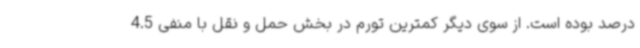
درصد بوده است. از سوی دیگر کمترین تورم در بخش حمل و نقل با منفی 4.5